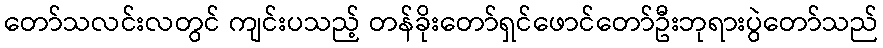
တော်သလင်းလတွင် ကျင်းပသည့် တန်ခိုးတော်ရှင်ဖောင်တော်ဦးဘုရားပွဲတော်သည်